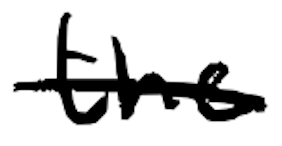
Text: the
Cross-out: single-line
Writing tool: digital_black